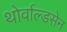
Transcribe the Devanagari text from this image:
थोर्वाल्डसेन